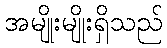
အမျိုးမျိုးရှိသည်